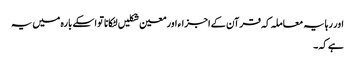
اور رہا یہ معاملہ کہ قرآن کے اجزاء اور معین شکلیں لٹکانا تو اسکے بارہ میں یہ
ہے کہ۔